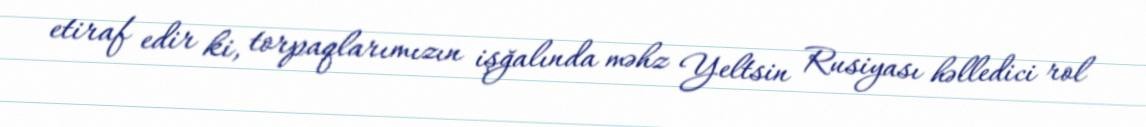
etiraf edir ki, torpaqlarımızın işğalında məhz Yeltsin Rusiyası həlledici rol